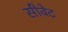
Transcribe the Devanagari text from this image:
सीवेट